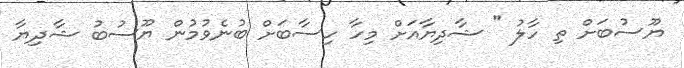
ޔޫސުބަށް ތި ހާލު " ޝާދިޔާއަށް މިހާ ހިސާބަށް ބުނެވުމުން ޔޫސުބު ޝާދިޔާ